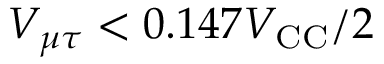
V _ { \mu \tau } < 0 . 1 4 7 V _ { \mathrm { C C } } / 2